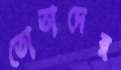
তোতাদের